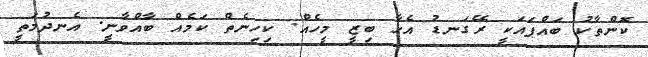
ކޮންތާކު ބައްޕައަކީ ރޭގަނޑު އެހާ ބިޒީ މީހެއް. ކިހިނެތް ކަމެއް ބާއްވާނީ. އެނދުމަތީ